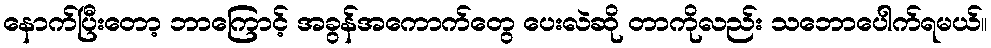
နောက်ပြီးတော့ ဘာကြောင့် အခွန်အကောက်တွေ ပေးလဲဆို တာကိုလည်း သဘောပေါက်ရမယ်။